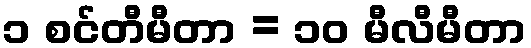
၁ စင်တီမီတာ = ၁၀ မီလီမီတာ